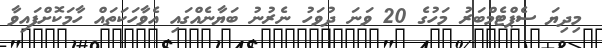
މިދިޔަ ސެޕްޓެމްބަރު މަހުގެ 20 ވަނަ ދުވަހު ނެރުނު ބަޔާނެއްގައި އެވާހަކަތައް ހާމަކޮށްފައިވާ